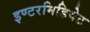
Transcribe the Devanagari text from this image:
इण्टरमिडियेट